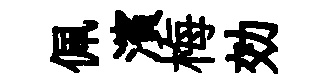
佩濱梅効